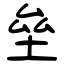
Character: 垒